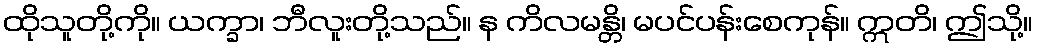
ထိုသူတို့ကို။ ယက္ခာ၊ ဘီလူးတို့သည်။ န ကိလမန္တိ၊ မပင်ပန်းစေကုန်။ ဣတိ၊ ဤသို့။